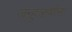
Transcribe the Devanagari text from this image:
जन्हुऋषींना